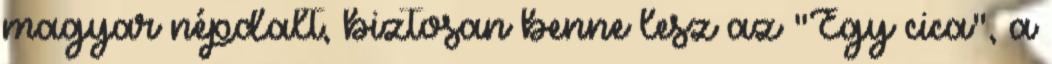
magyar népdalt, biztosan benne lesz az "Egy cica", a